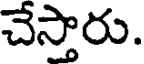
చేస్తారు.